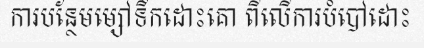
ការបន្ថែមម្សៅទឹកដោះគោ ពីលើការបំបៅដោះ